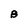
Character: B